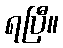
ရပြီ။